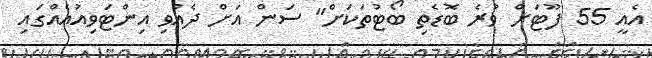
އެއީ 55 ފޫޓަށް ވުރެ ބޮޑެތި ބޯޓުތަކަށް" ސަން އަށް ދެއްވި އިންޓަވިއުއެއްގައި